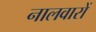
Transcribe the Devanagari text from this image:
नालवारों